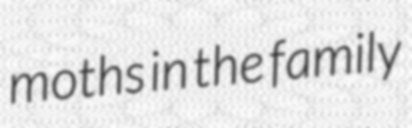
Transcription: moths in the family